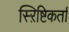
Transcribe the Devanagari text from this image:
स्ऱिष्टिकर्ता